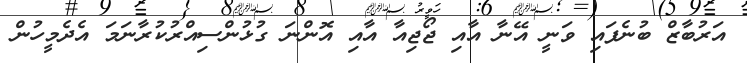
އަރުބާޒް ބުނެފައި ވަނީ އޭނާ އާއި ޖޯޖިއާ އާއި އޮންނަ ގުޅުންސިއްރުކުރާނަމަ އެދެމީހުން